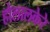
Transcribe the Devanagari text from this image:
होलालकेरे